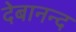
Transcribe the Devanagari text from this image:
देबानन्द